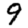
Digit: 9